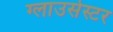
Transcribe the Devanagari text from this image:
ग्लाउसेस्टर